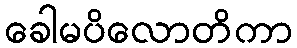
ခေါမပိလောတိကာ